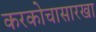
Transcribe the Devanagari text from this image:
करकोचासारखा